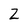
Character: 2